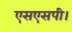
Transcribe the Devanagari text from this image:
एसएसपी।